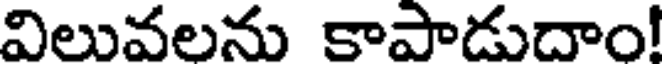
విలువలను కాపాడుదాం!